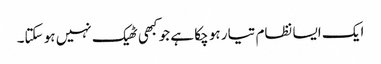
ایک ایسا نظام تیار ہو چکا ہے جو کبھی ٹھیک نہیں ہو سکتا۔